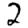
Digit: 2